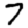
Digit: 7